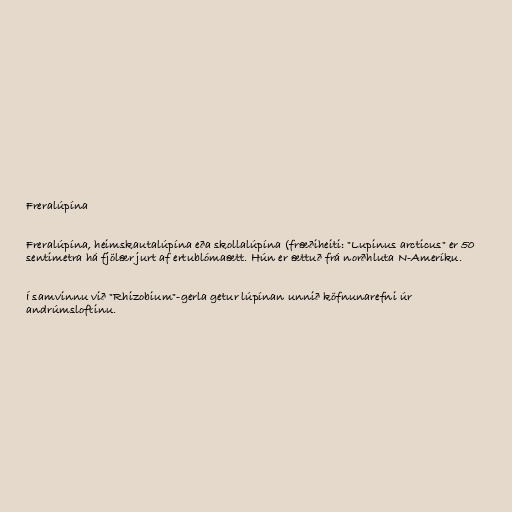
Freralúpína

Freralúpína, heimskautalúpína eða skollalúpína (fræðiheiti: "Lupinus arcticus" er 50
sentimetra há fjölær jurt af ertublómaætt. Hún er ættuð frá norðhluta N-Ameríku.

Í samvinnu við "Rhizobium"-gerla getur lúpínan unnið köfnunarefni úr
andrúmsloftinu.